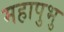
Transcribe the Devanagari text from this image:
महापुभु